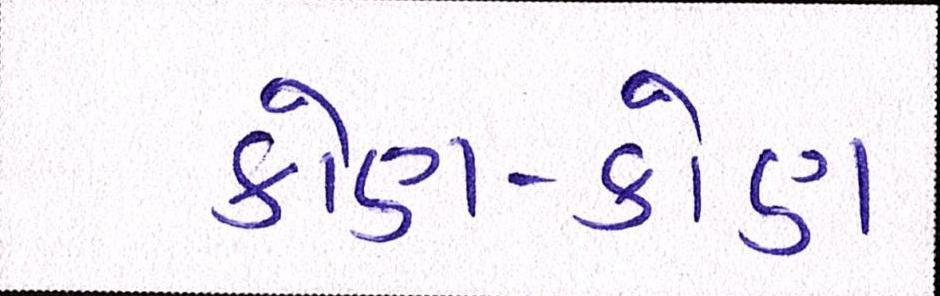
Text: કોણ-કોણ